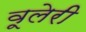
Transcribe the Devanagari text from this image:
वूलेरी